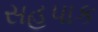
સહપાક